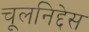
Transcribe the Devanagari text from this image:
चूलनिद्देस